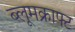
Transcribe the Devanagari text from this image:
ब्लूमक्राफ्ट